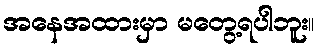
အနေအထားမှာ မတွေ့ရပါဘူး။